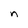
Character: n